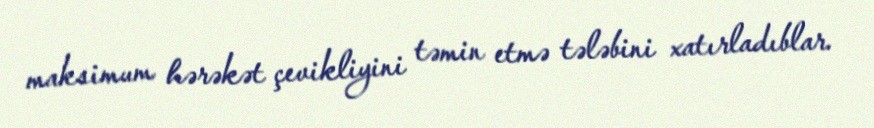
maksimum hərəkət çevikliyini təmin etmə tələbini xatırladıblar.